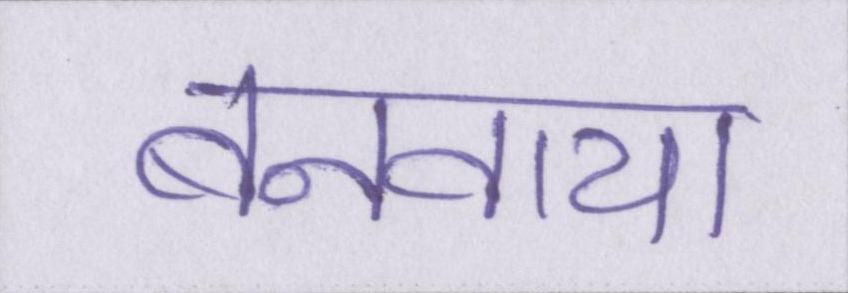
बनवाया